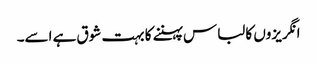
انگریزوں کا لباس پہننے کا بہت شوق ہے اسے۔